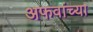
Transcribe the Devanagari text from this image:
अफवांच्या